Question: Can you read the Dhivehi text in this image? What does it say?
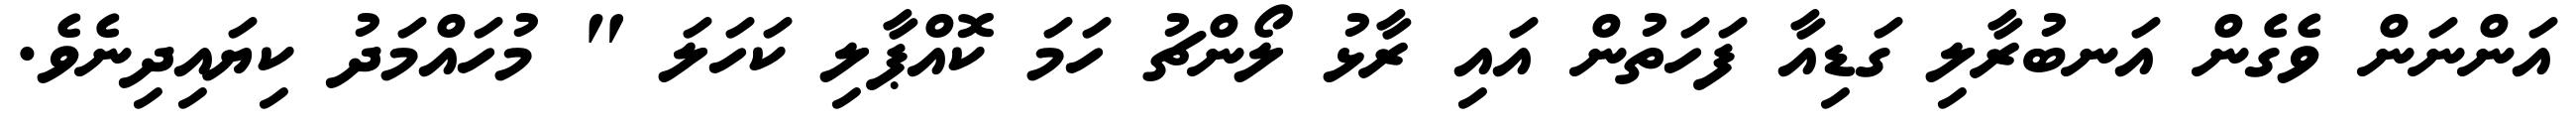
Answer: އަންނަން ވެގެން އަނބުރާލި ގަޑިއާ ފަހަތުން އައި ރާޅު ލޯންޗު ހަމަ ކޮއްޕާލި ކަހަލަ " މުހައްމަދު ކިޔައިދިނެވެ.